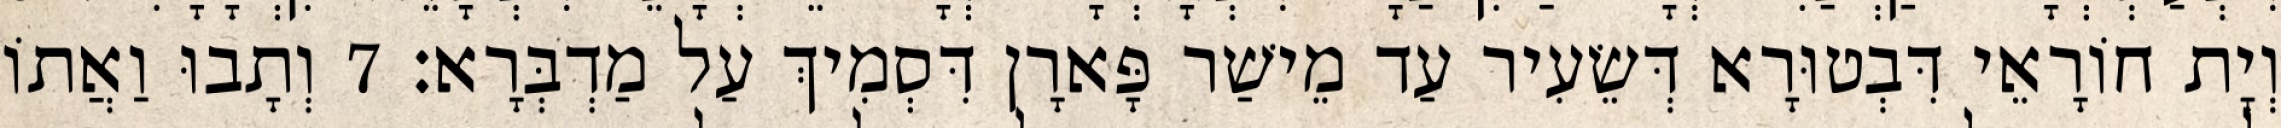
וְיָת חוֹרָאֵי דִּבְטוּרָא דְּשֵׂעִיר עַד מֵישַׁר פָּארָן דִּסְמִיךְ עַל מַדְבְּרָא׃ 7 וְתָבוּ וַאֲתוֹ